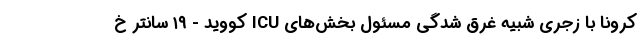
کرونا با زجری شبیه غرق‌ شدگی مسئول بخش‌های ICU کووید - ۱۹ سانتر خ